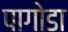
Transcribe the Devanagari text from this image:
पागोडा